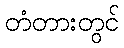
တံတားတွင်